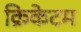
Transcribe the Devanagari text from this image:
क्रिकेटम